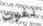
نفوت